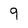
Character: 9